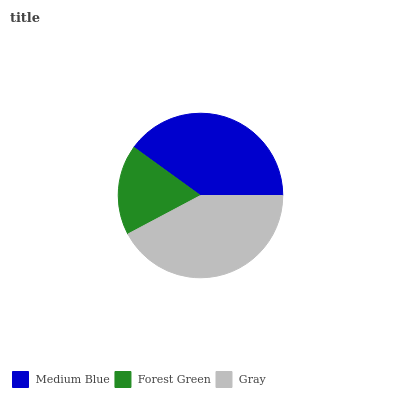
| Medium Blue | Forest Green | Gray |
 | --- | --- | --- |
 | 40% | 17.7% | 42.3% |